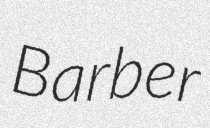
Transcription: Barber